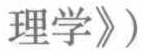
理学》）